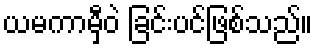
ယမကာမှီဝဲ ခြင်းပင်ဖြစ်သည်။